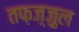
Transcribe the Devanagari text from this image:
तफ़ज़्ज़ुल